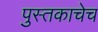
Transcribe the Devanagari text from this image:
पुस्तकाचेच